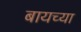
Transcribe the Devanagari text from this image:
बायच्या